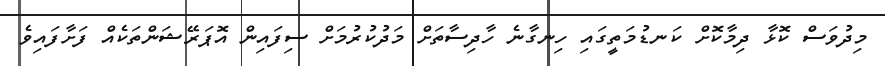
މިދުވަސް ކޮޅާ ދިމާކޮށް ކަނޑުމަތީގައި ހިނގާނެ ހާދިސާތަށް މަދުކުރުމަށް ސިފައިން އޮޕަރޭޝަންތަކެއް ފަށާފައިވެ